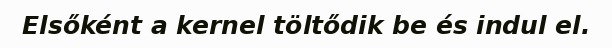
Elsőként a kernel töltődik be és indul el.